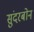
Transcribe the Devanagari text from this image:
सुंदरबोन